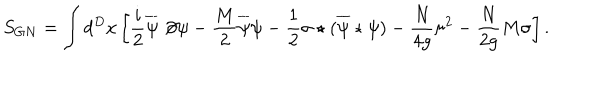
S _ { G N } = \int d ^ { D } x \left[ \frac { i } 2 \overline { { \psi } } \not \! \partial \psi - \frac { M } 2 \overline { { \psi } } \psi - \frac 1 2 \sigma \star ( \overline { { \psi } } \star \psi ) - \frac { N } { 4 g } \sigma ^ { 2 } - \frac { N } { 2 g } M \sigma \right] .